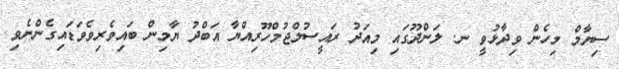
ސިޔާމް މިހެން ވިދާޅުވީ ނ. ލަންދޫގައި މިއަދު ރައީސުލްޖުމްހޫރިއްޔާ އަބްދު ޔާމިން ބައިވެރިވެވަޑައިގެންނެވި